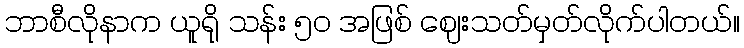
ဘာစီလိုနာက ယူရို သန်း ၅၀ အဖြစ် ဈေးသတ်မှတ်လိုက်ပါတယ်။